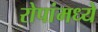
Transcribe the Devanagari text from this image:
रोपांमध्ये